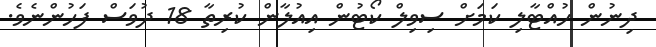
ދިނުން ހުއްޓާލި ކަމަށް ސިވިލް ކޯޓުން އިއުލާން ކުރިތާ 18 ދުވަސް ފަހުންނެވެ.